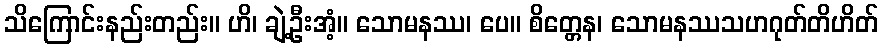
သိကြောင်းနည်းတည်း။ ဟိ၊ ချဲ့ဦးအံ့။ သောမနဿ၊ ပေ။ စိတ္တေန၊ သောမနဿသဟဂုတ်တိဟိတ်